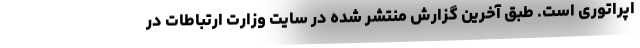
اپراتوری است. طبق آخرین گزارش منتشر شده در سایت وزارت ارتباطات در